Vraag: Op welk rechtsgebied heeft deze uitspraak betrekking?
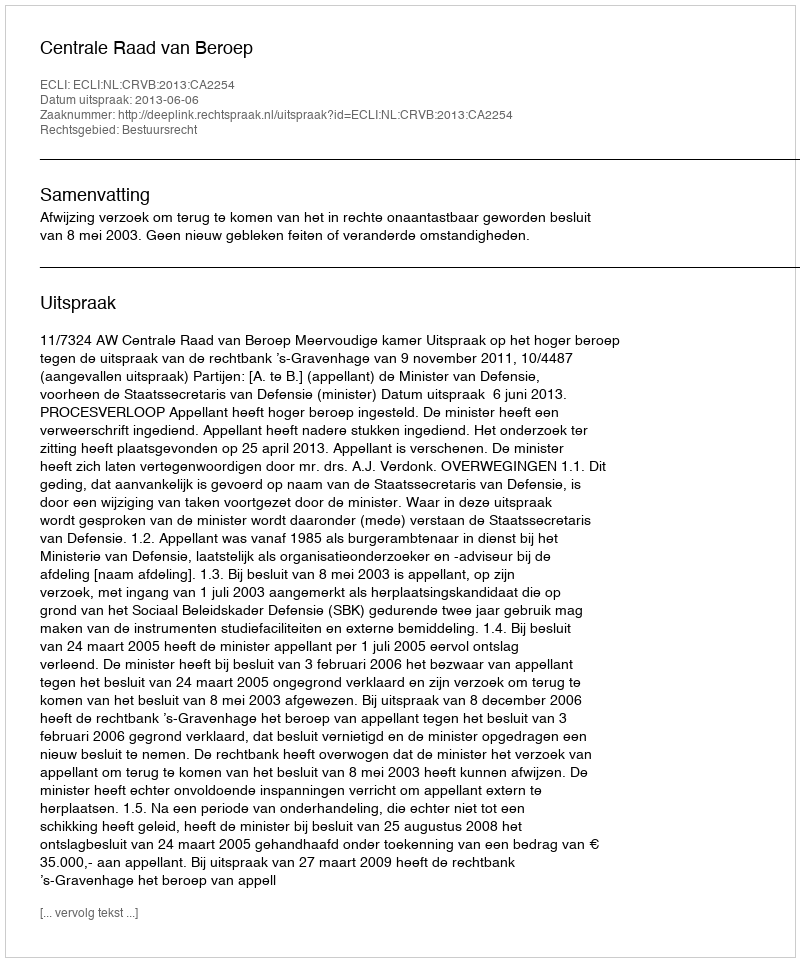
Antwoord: Bestuursrecht